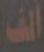
ألف